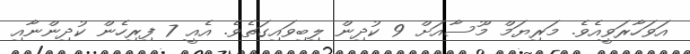
އަވަހާރަވީއެވެ. މަރިޔަމް މޫސާއަށް 9 ކުދިން ލިބިވައިގަތެވެ. އެއީ 7 ފިރިހެން ކުދިންނާއި